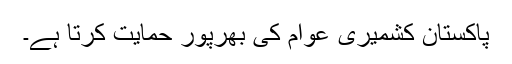
پاکستان کشمیری عوام کی بھرپور حمایت کرتا ہے۔